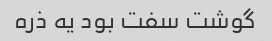
گوشت سفت بود یه ذره